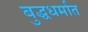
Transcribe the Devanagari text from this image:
बुद्धधर्मात